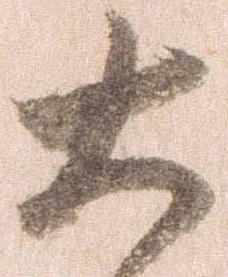
大